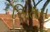
સિતમ